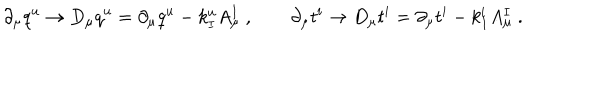
LaTeX: \partial _ { \mu } q ^ { u } \to { D } _ { \mu } q ^ { u } = \partial _ { \mu } q ^ { u } - k _ { I } ^ { u } A _ { \mu } ^ { I } \ , \qquad \partial _ { \mu } t ^ { i } \to { D } _ { \mu } t ^ { i } = \partial _ { \mu } t ^ { i } - k _ { I } ^ { i } A _ { \mu } ^ { I } \ .